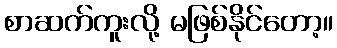
စာဆက်ကူးလို့ မဖြစ်နိုင်တော့။